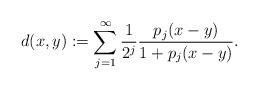
LaTeX: \begin{align*}d(x,y):=\sum_{j=1}^{\infty}\frac{1}{2^{j}}\frac{p_{j}(x-y)}{1+p_{j}(x-y)}.\end{align*}